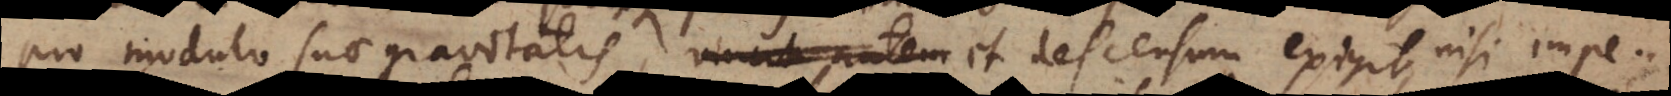
pro modulo suae gravitatis, vincit autem et descensum exigit, nisi impe